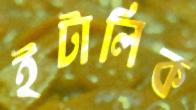
ইটালিক